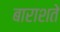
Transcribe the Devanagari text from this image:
बाराशते